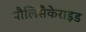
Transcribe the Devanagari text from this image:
पौलिसैकेराइड